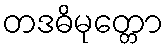
တဒဓိမုတ္တော